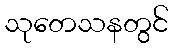
သုတေသနတွင်